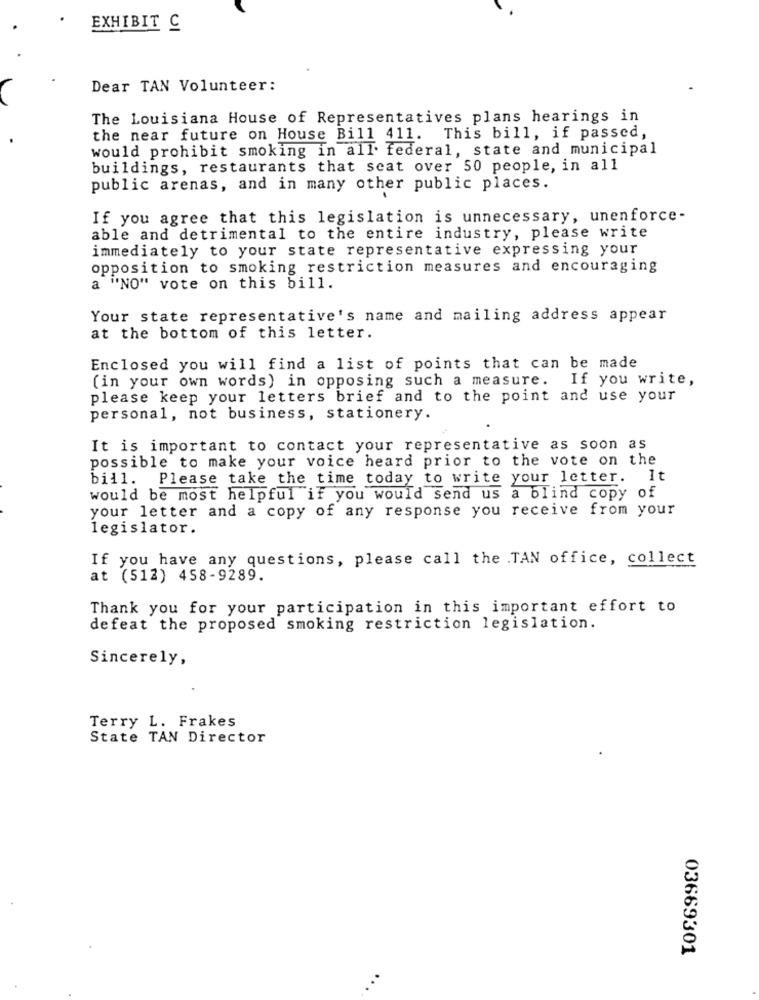
EXHIBIT C
Dear TAN Volunteer:
The Louisiana House of Representatives plans hearings in
the near future on House Bill 411. This bill, if passed,
would prohibit smoking in all federal, state and municipal
buildings, restaurants that seat over 50 people, in all
public arenas, and in many other public places.
If you agree that this legislation is unnecessary, unenforce-
able and detrimental to the entire industry, please write
immediately to your state representative expressing your
opposition to smoking restriction measures and encouraging
a "NO" vote on this bill.
Your state representative's name and mailing address appear
at the bottom of this letter.
Enclosed you will find a list of points that can be made
(in your own words) in opposing such a measure.
If you write,
please keep your letters brief and to the point and use your
personal, not business, stationery.
It is important to contact your representative as soon as
possible to make your voice heard prior to the vote on the
bill. Please take the time today to write your letter. It
would be most helpful if you would send us a blind copy of
your letter and a copy of any response you receive from your
legislator.
If you have any questions, please call the .TAN office, collect
at (512) 458-9289.
Thank you for your participation in this important effort to
defeat the proposed smoking restriction legislation.
Sincerely,
Terry L. Frakes
State TAN Director
03669301